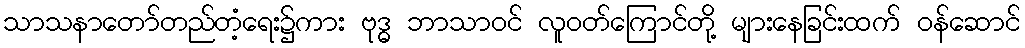
သာသနာတော်တည်တံ့ရေး၌ကား ဗုဒ္ဓ ဘာသာဝင် လူဝတ်ကြောင်တို့ များနေခြင်းထက် ဝန်ဆောင်